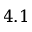
4 . 1